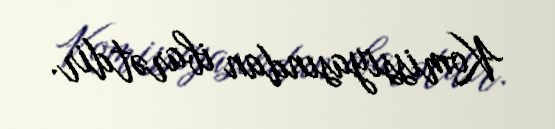
Komissiyasından ibarətdir.